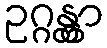
ဥဂ္ဂန္တွာ